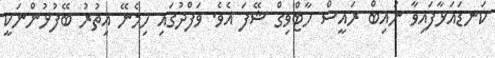
ކަނޑައަޅާފައިވާ ނައިބް ރައީސް ހާޓްވިގް ޝޭފަ އެވެ. ވަފްދުގައި ހިމެނޭ އިތުރު ބޭފުޅުންނަކީ